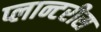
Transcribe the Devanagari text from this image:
प्लान्टरीस